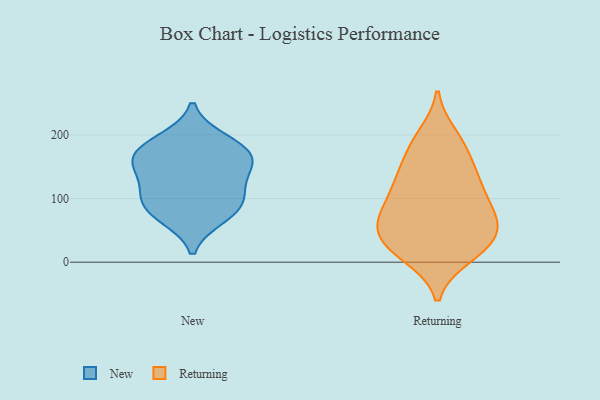
{"axis": {"x": "Active Users", "y": "Value"}, "legend": ["New", "Returning"], "data": [{"x": "", "y": 162, "type": "New"}, {"x": "", "y": 101, "type": "New"}, {"x": "", "y": 181, "type": "New"}, {"x": "", "y": 162, "type": "New"}, {"x": "", "y": 101, "type": "New"}, {"x": "", "y": 79, "type": "New"}, {"x": "", "y": 129, "type": "New"}, {"x": "", "y": 71, "type": "New"}, {"x": "", "y": 153, "type": "New"}, {"x": "", "y": 192, "type": "New"}, {"x": "", "y": 83, "type": "Returning"}, {"x": "", "y": 198, "type": "Returning"}, {"x": "", "y": 179, "type": "Returning"}, {"x": "", "y": 49, "type": "Returning"}, {"x": "", "y": 63, "type": "Returning"}, {"x": "", "y": 14, "type": "Returning"}, {"x": "", "y": 72, "type": "Returning"}, {"x": "", "y": 59, "type": "Returning"}, {"x": "", "y": 133, "type": "Returning"}, {"x": "", "y": 99, "type": "Returning"}, {"x": "", "y": 125, "type": "Returning"}, {"x": "", "y": 186, "type": "Returning"}, {"x": "", "y": 71, "type": "Returning"}, {"x": "", "y": 126, "type": "Returning"}, {"x": "", "y": 143, "type": "Returning"}, {"x": "", "y": 34, "type": "Returning"}, {"x": "", "y": 23, "type": "Returning"}, {"x": "", "y": 10, "type": "Returning"}, {"x": "", "y": 27, "type": "Returning"}]}